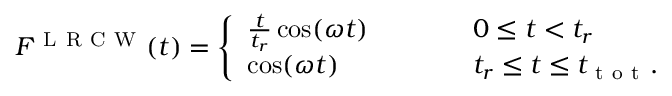
F ^ { \mathrm { ~ L ~ R ~ C ~ W ~ } } ( t ) = \left\{ \begin{array} { l c l } { \frac { t } { t _ { r } } \cos ( \omega t ) } & { \qquad } & { 0 \leq t < t _ { r } } \\ { \cos ( \omega t ) } & { \qquad } & { t _ { r } \leq t \leq t _ { \mathrm { ~ t ~ o ~ t ~ } } . } \end{array} \right.